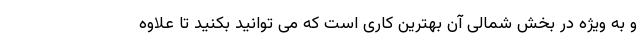
و به ویژه در بخش شمالی آن بهترین کاری است که می توانید بکنید تا علاوه